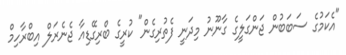
"އެކަމުގެ ސަބަބުން ޖަންގަލީގެ ގާނޫނު މިދަނީ ފެތުރިގެން" ކުރީގެ ބްރިގޭޑިއާ ޖެނެރަލް އިބްރާހިމް